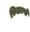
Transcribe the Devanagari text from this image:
फ़िडाल्गो